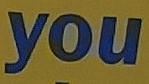
you